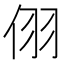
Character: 𪜹